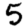
Digit: 5